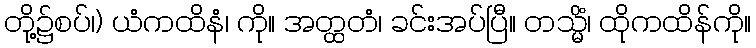
တို့၌စပ်၊) ယံကထိနံ၊ ကို။ အတ္ထတံ၊ ခင်းအပ်ပြီ။ တသ္မိံ၊ ထိုကထိန်ကို။